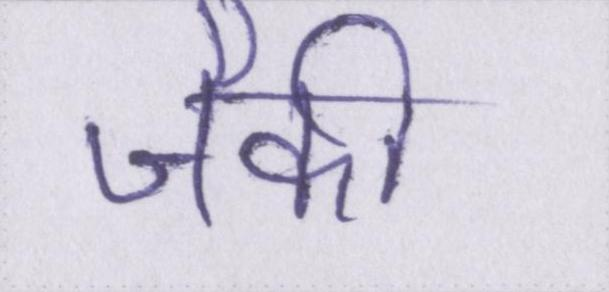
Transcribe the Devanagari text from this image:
जैकी